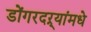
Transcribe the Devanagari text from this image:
डोंगरदऱ्यांमधे